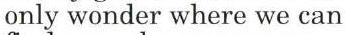
only wonder where we can